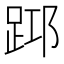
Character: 𨀯